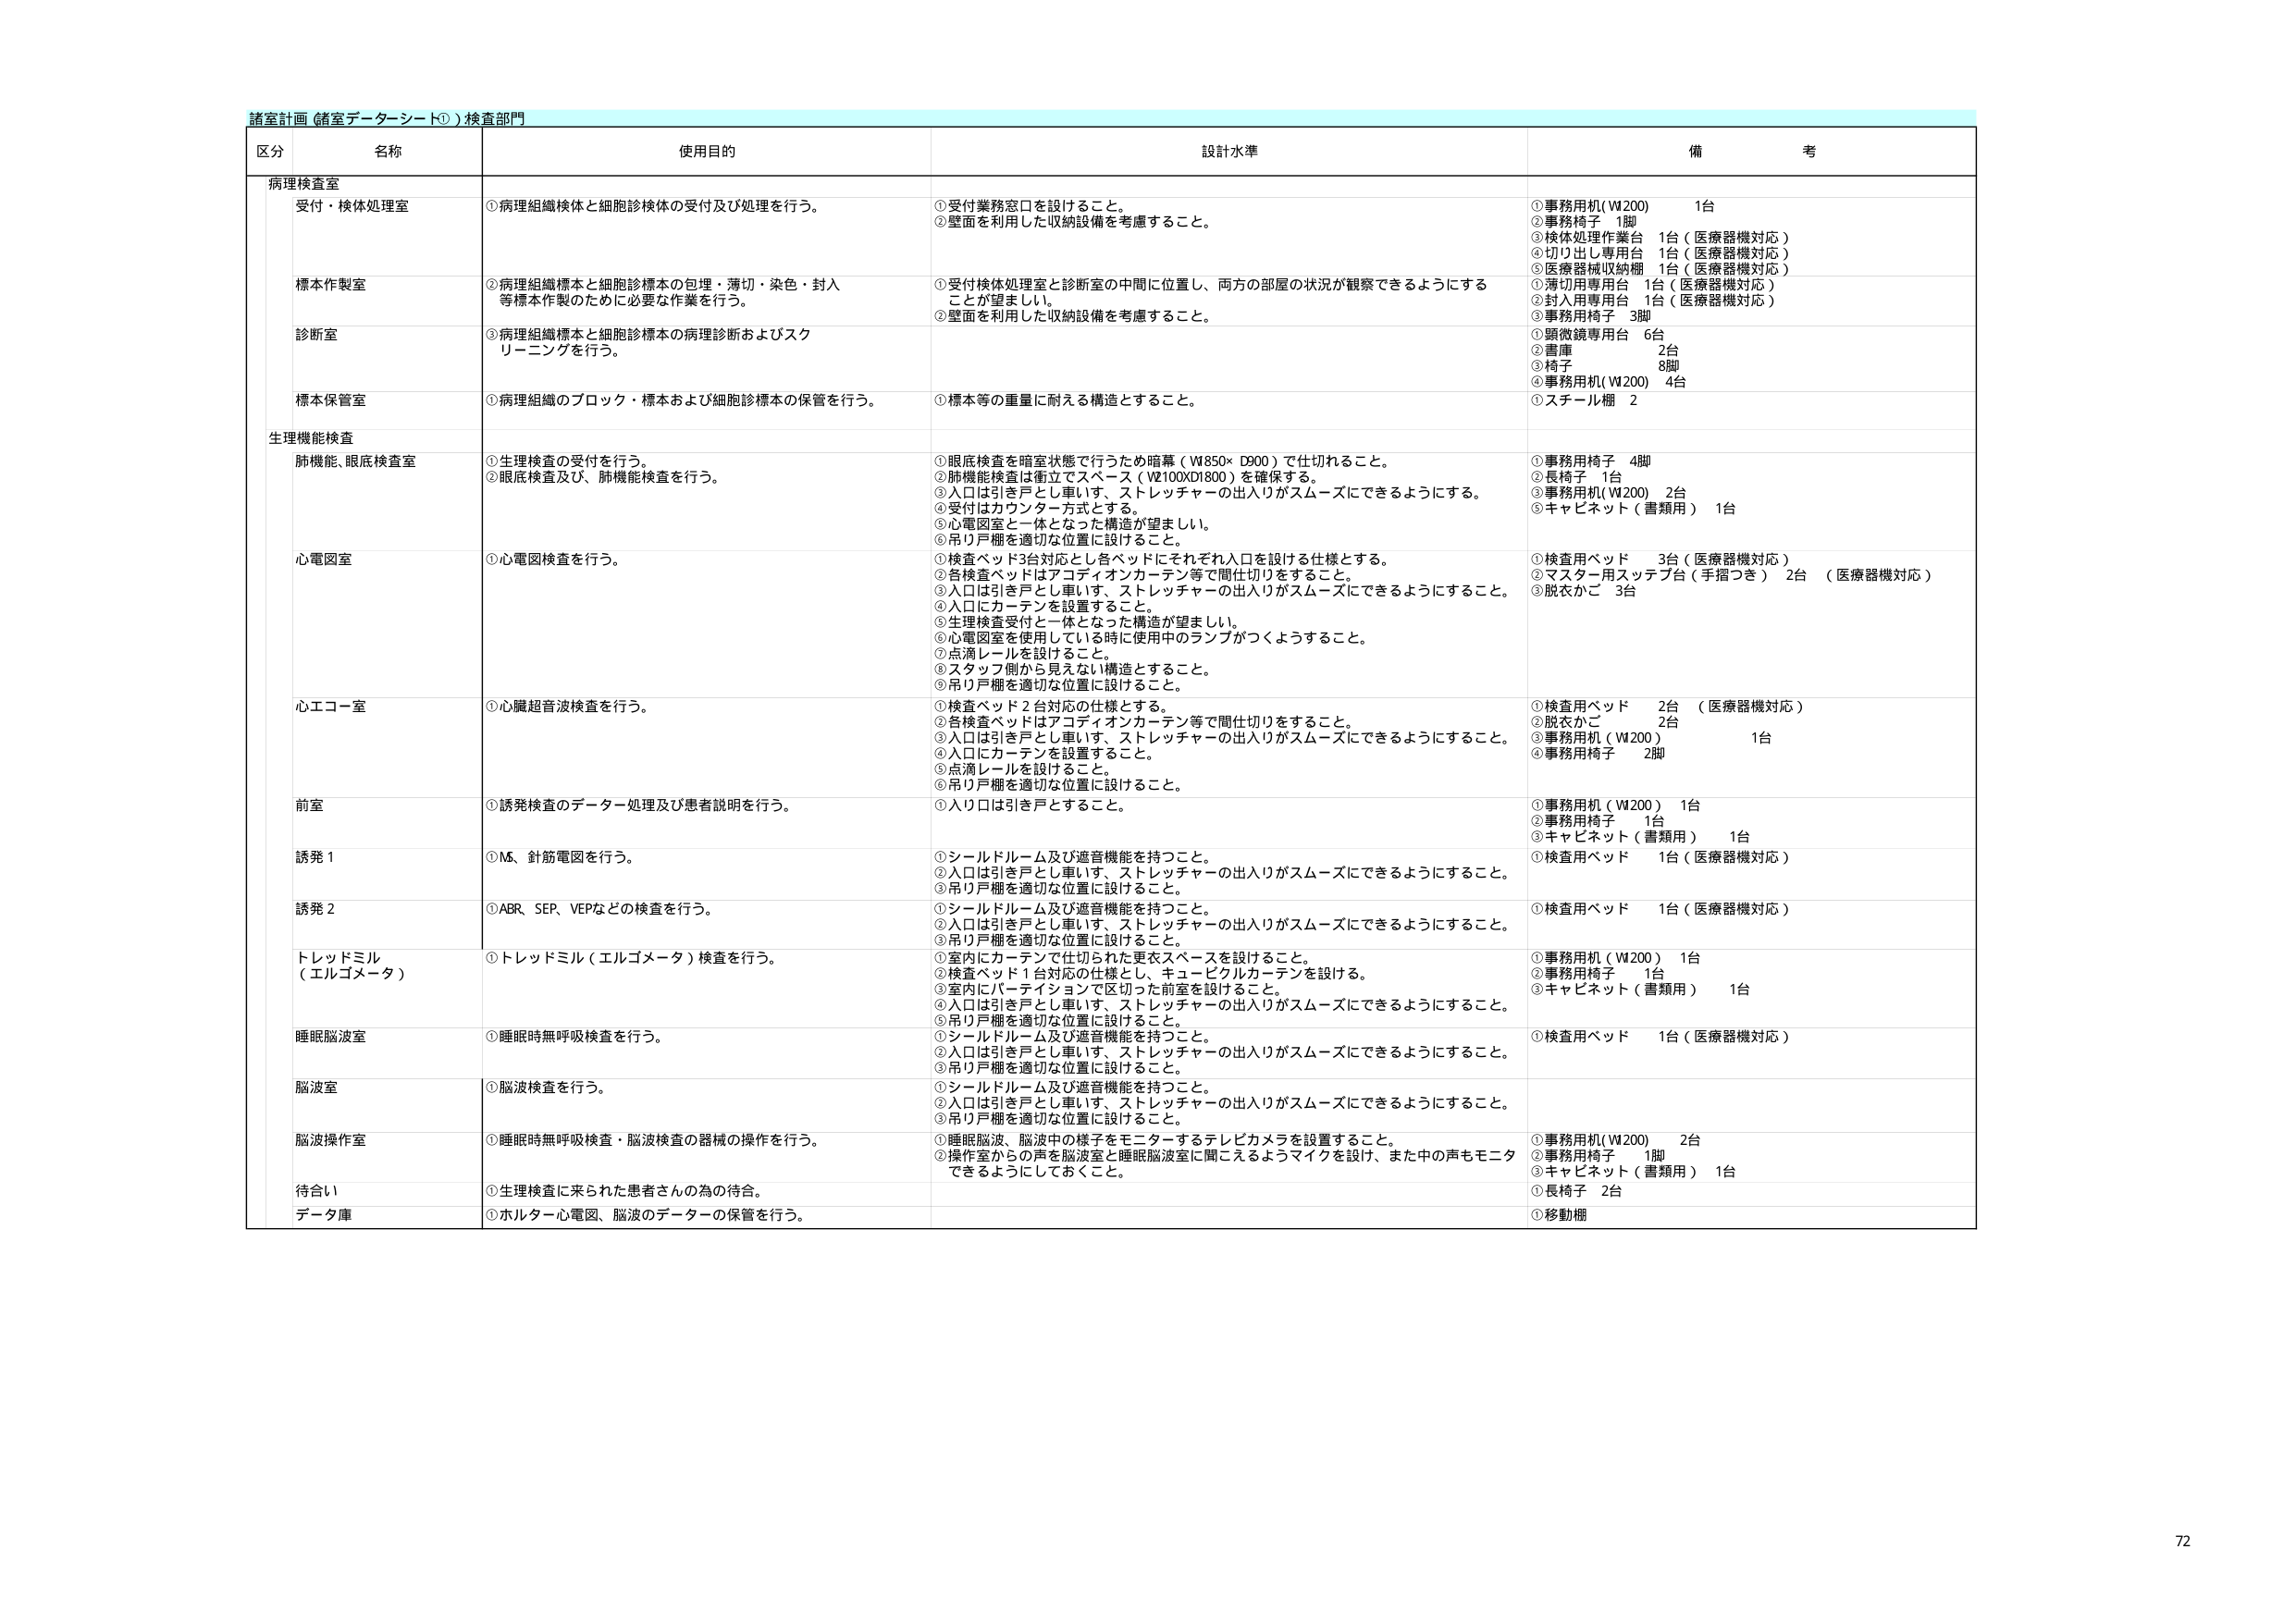
諸室計画（諸室データシート①）検査部門

区分 名称 使用目的 設計水準 備考

病理検査室
受付・検体処理室 ①病理組織検体と細胞診検体の受付及び処理を行う。 ①受付業務窓口を設けること。 ②壁面を利用した収納設備を考慮すること。 ①事務用机（W200） 1台 ②事務椅子 1脚 ③検体処理作業台 1台（医療器機対応） ④切り出し専用台 1台（医療器機対応） ⑤医療器械収納棚 1台（医療器機対応）

標本作製室 ②病理組織標本と細胞診標本の包埋・薄切・染色・封入等標本作製のために必要な作業を行う。 ①受付検体処理室と診断室の中間に位置し、両方の部屋の状況が観察できるようにする ことが望ましい。 ②壁面を利用した収納設備を考慮すること。 ①薄切用専用台 1台（医療器機対応） ②封入用専用台 1台（医療器機対応） ③事務用椅子 3脚

診断室 ③病理組織標本と細胞診標本の病理診断およびスクリーニングを行う。 ①顕微鏡専用台 6台 ②書庫 2台 ③椅子 8脚 ④事務用机（W200） 4台

標本保管室 ①病理組織のブロック・標本および細胞診標本の保管を行う。 ①標本等の重量に耐える構造とすること。 ①スチール棚 2

生理機能検査
肺機能、眼底検査室 ①生理検査の受付を行う。 ②眼底検査及び、肺機能検査を行う。 ①眼底検査を暗室状態で行うため暗幕（W850×D900）で仕切れること。 ②肺機能検査は衝立でスペース（W2100XD1800）を確保する。 ③入口は引き戸とし車いす、ストレッチャーの出入りがスムーズにできるようにする。 ④受付はカウンター方式とする。 ⑤心電図室と一体となった構造が望ましい。 ⑥吊り戸棚を適切な位置に設けること。 ①事務用椅子 4脚 ②長椅子 1台 ③事務用机（W200） 2台 ⑤キャビネット（書類用） 1台

心電図室 ①心電図検査を行う。 ①検査ベッド3台対応とし各ベッドにそれぞれ入口を設ける仕様とする。 ②各検査ベッドはアコディオンカーテン等で間仕切りをすること。 ③入口は引き戸とし車いす、ストレッチャーの出入りがスムーズにできるようにすること。 ④入口にカーテンを設置すること。 ⑤生理検査受付と一体となった構造が望ましい。 ⑥心電図室を使用している時に使用中のランプがつくようすること。 ⑦点滴レールを設けること。 ⑧スタッフ側から見えない構造とすること。 ⑨吊り戸棚を適切な位置に設けること。 ①検査用ベッド 3台（医療器機対応） ②マスター用ステップ台（手指つき） 2台 （医療器機対応） ③脱衣かご 3台

心エコー室 ①心臓超音波検査を行う。 ①検査ベッド2台対応の仕様とする。 ②各検査ベッドはアコディオンカーテン等で間仕切りをすること。 ③入口は引き戸とし車いす、ストレッチャーの出入りがスムーズにできるようにすること。 ④入口にカーテンを設置すること。 ⑤点滴レールを設けること。 ⑥吊り戸棚を適切な位置に設けること。 ①検査用ベッド 2台 （医療器機対応） ②脱衣かご 2台 ③事務用机（W200） 1台 ④事務用椅子 2脚

前室 ①誘発検査のデーター処理及び患者説明を行う。 ①入り口は引き戸とすること。 ①事務用机（W200） 1台 ②事務用椅子 1台 ③キャビネット（書類用） 1台

誘発1 ①MS、針筋電図を行う。 ①シールドルーム及び遮音機能を持つこと。 ②入口は引き戸とし車いす、ストレッチャーの出入りがスムーズにできるようにすること。 ③吊り戸棚を適切な位置に設けること。 ①検査用ベッド 1台（医療器機対応）

誘発2 ①ABR、SEP、VEPなどの検査を行う。 ①シールドルーム及び遮音機能を持つこと。 ②入口は引き戸とし車いす、ストレッチャーの出入りがスムーズにできるようにすること。 ③吊り戸棚を適切な位置に設けること。 ①検査用ベッド 1台（医療器機対応）

トレッドミル （エルゴメータ） ①トレッドミル（エルゴメータ）検査を行う。 ①室内にカーテンで仕切られた更衣スペースを設けること。 ②検査ベッド1台対応の仕様とし、キュービカルカーテンを設ける。 ③室内にパーティションで区切った前室を設けること。 ④入口は引き戸とし車いす、ストレッチャーの出入りがスムーズにできるようにすること。 ⑤吊り戸棚を適切な位置に設けること。 ①事務用机（W200） 1台 ②事務用椅子 1台 ③キャビネット（書類用） 1台

睡眠脳波室 ①睡眠時無呼吸検査を行う。 ①シールドルーム及び遮音機能を持つこと。 ②入口は引き戸とし車いす、ストレッチャーの出入りがスムーズにできるようにすること。 ③吊り戸棚を適切な位置に設けること。 ①検査用ベッド 1台（医療器機対応）

脳波室 ①脳波検査を行う。 ①シールドルーム及び遮音機能を持つこと。 ②入口は引き戸とし車いす、ストレッチャーの出入りがスムーズにできるようにすること。 ③吊り戸棚を適切な位置に設けること。

脳波操作室 ①睡眠時無呼吸検査・脳波検査の器械の操作を行う。 ①睡眠脳波、脳波中の様子をモニターするテレビカメラを設置すること。 ②操作室からの声を脳波室と睡眠脳波室に聞こえるようマイクを設け、また中の声もモニターできるようにしておくこと。 ①事務用机（W200） 2台 ②事務用椅子 1脚 ③キャビネット（書類用） 1台

待合い ①生理検査に来られた患者さんの為の待合。 ①長椅子 2台

データ庫 ①ホルター心電図、脳波のデーターの保管を行う。 ①移動棚

72